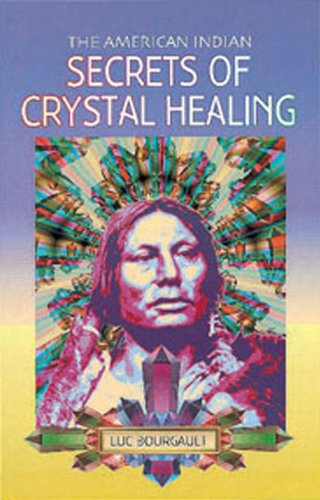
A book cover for The American Indian: Secrets of Crystal Healing; Luc Bourgault; Religion & Spirituality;